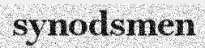
synodsmen